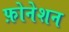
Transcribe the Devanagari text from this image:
फ़ोनेशन